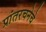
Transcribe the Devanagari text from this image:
प्रांतरचनेचे